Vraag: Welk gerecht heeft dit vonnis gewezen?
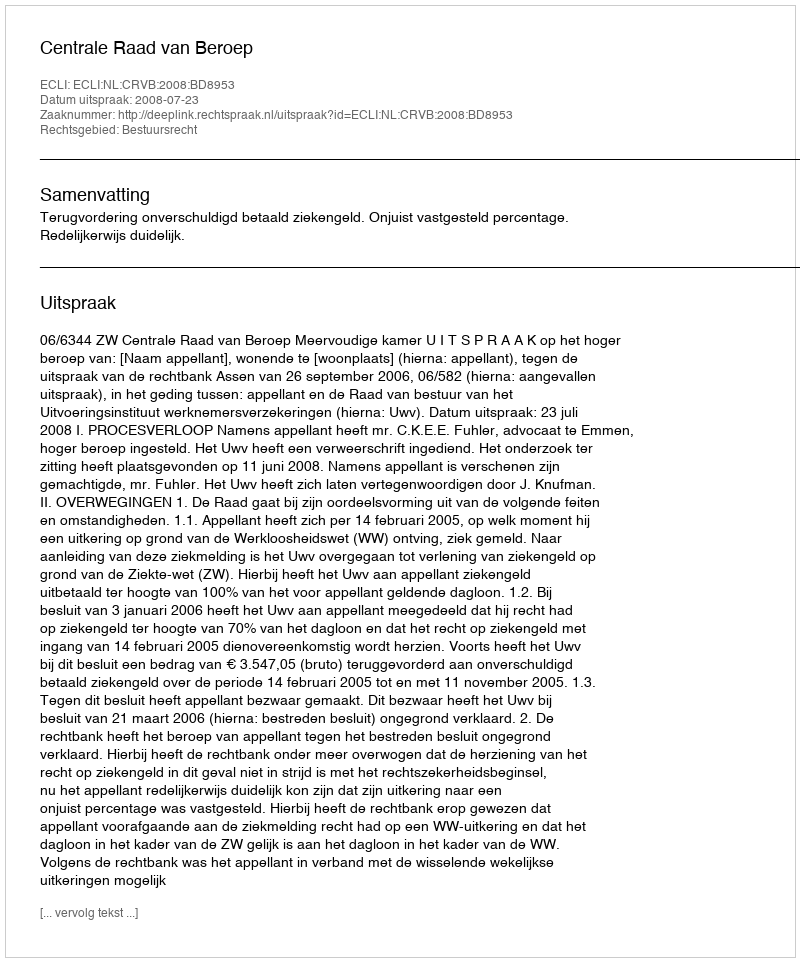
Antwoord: Centrale Raad van Beroep